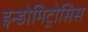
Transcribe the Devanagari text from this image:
इन्डोमिट्रोसिस